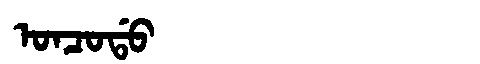
Manchu: ᠣᠨᠴᠣᡩᠣ
Romanization: ONCODO